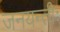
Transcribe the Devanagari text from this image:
जनयन्तीः